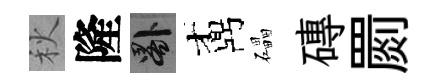
秋隆晷鼒礧磚罽